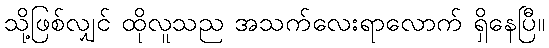
သို့ဖြစ်လျှင် ထိုလူသည အသက်လေးရာလောက် ရှိနေပြီ။